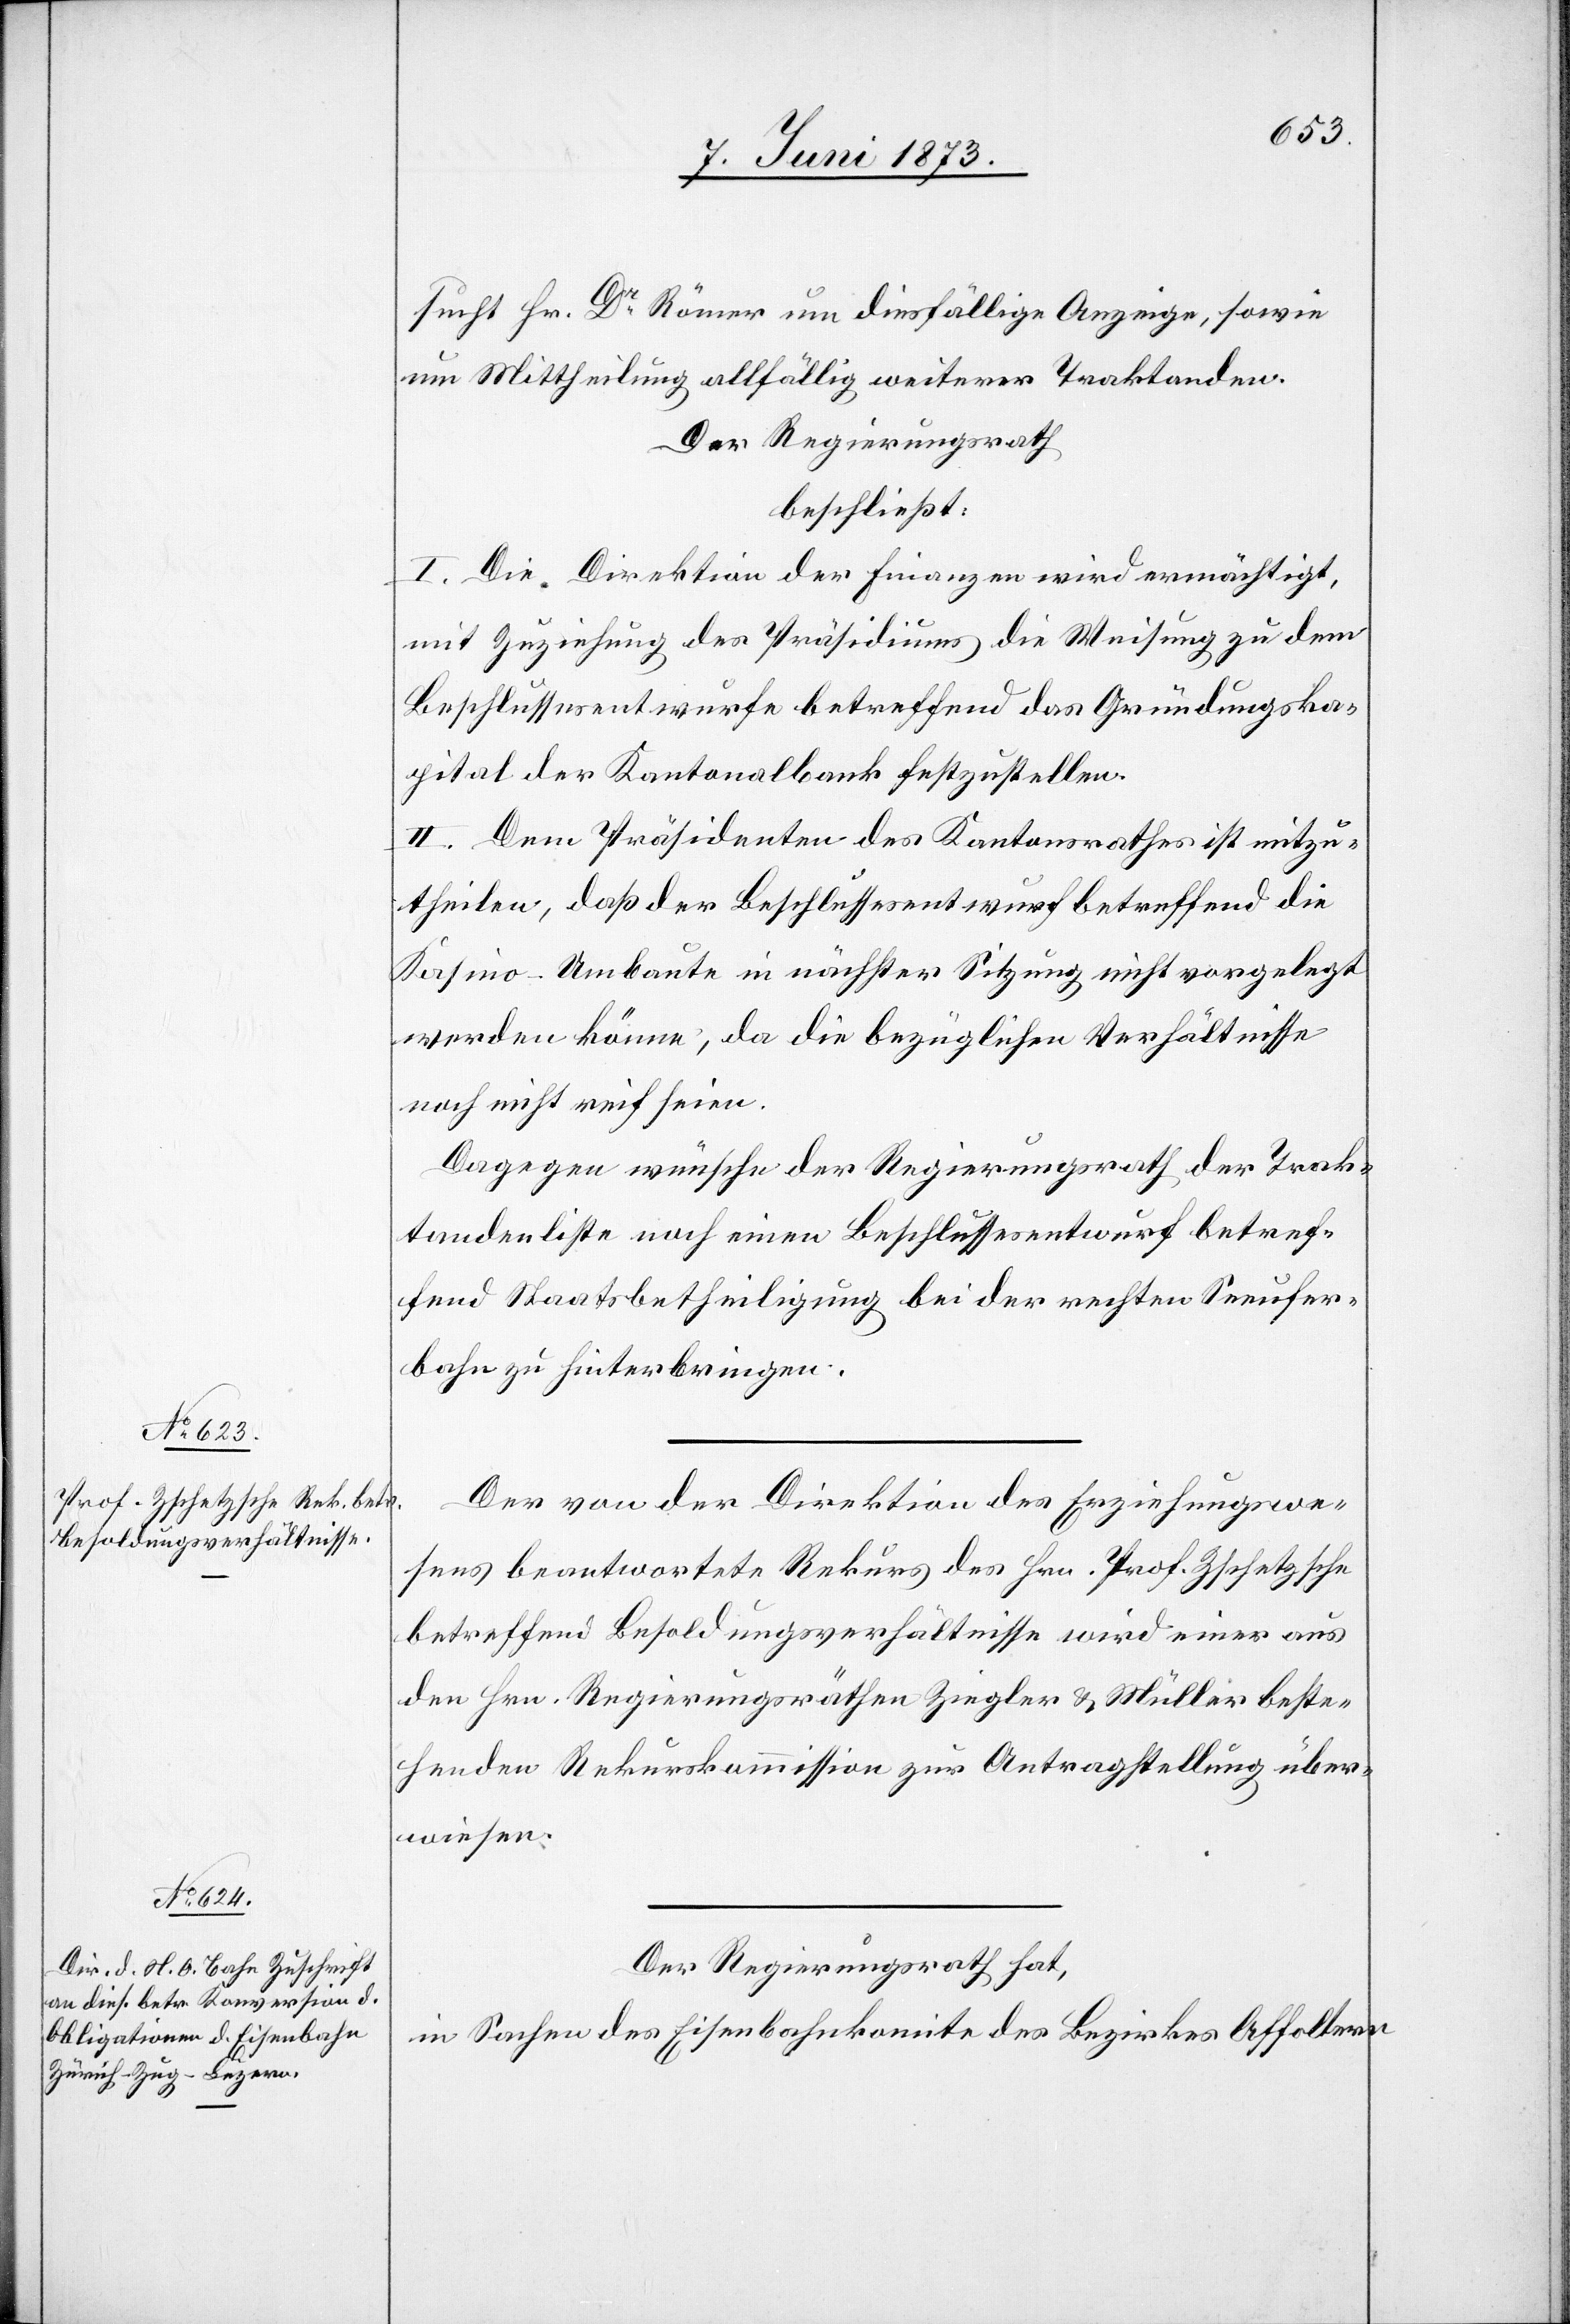
sucht Hr. Dr Römer um diesfällige Anzeige, sowie
um Mittheilung allfällig weiterer Traktanden.
Der Regierungsrath
beschließt:
I. Die Direktion der Finanzen wird ermächtigt,
mit Zuziehung des Präsidiums die Weisung zu dem
Beschlussesentwurfe betreffend das Gründungska¬
pital der Kantonalbank festzustellen.
II. Dem Präsidenten des Kantonsrathes ist mitzu¬
theilen, daß der Beschlussesentwurf betreffend die
Kasino-Umbaute in nächster Sitzung nicht vorgelegt
werden könne, da die bezüglichen Verhältnisse
noch nicht reif seien.
Dagegen wünsche der Regierungsrath der Trak¬
tandenliste noch einen Beschlussesentwurf betref¬
fend Staatsbetheiligung bei der rechten Seeufer¬
bahn zu hinterbringen.
Der von der Direktion des Erziehungswe¬
sens beantwortete Rekurs des Hrn. Prof. Zschetzsche
betreffend Besoldungsverhältnisse wird einer aus
den Hrn. Regierungsräthen Ziegler & Müller beste¬
henden Rekurskommission zur Antragstellung über¬
wiesen.
Der Regierungsrath hat,
in Sachen des Eisenbahnkomite des Bezirkes Affoltern